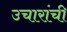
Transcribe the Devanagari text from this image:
उचारांची